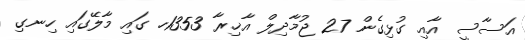
އަސާސީ އާއި ގުޅިގެން 27 ޖުމާދިލް އާޚިރާ 1353ހ ގައި މާލޭގައި ހިނގި